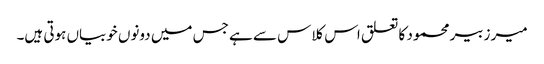
میر زبیر محمود کا تعلق اس کلاس سے ہے جس میں دونوں خوبیاں ہوتی ہیں۔